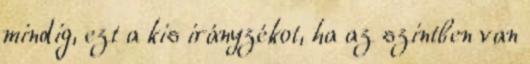
mindig, ezt a kis irányzékot, ha az szintben van